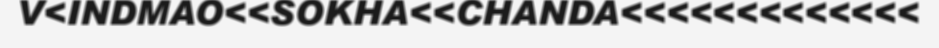
V<INDMAO<<SOKHA<<CHANDA<<<<<<<<<<<<<